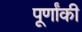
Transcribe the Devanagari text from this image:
पूर्णांकी